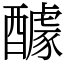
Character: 醵